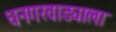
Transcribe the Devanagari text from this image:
धनगरवाड्याला